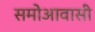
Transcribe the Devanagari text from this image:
समोआवासी